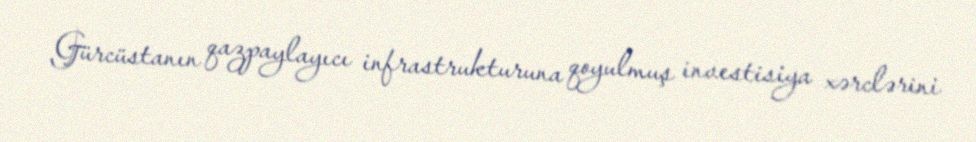
Gürcüstanın qazpaylayıcı infrastrukturuna qoyulmuş investisiya xərclərini